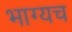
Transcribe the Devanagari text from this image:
भाग्यच